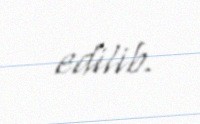
edilib.